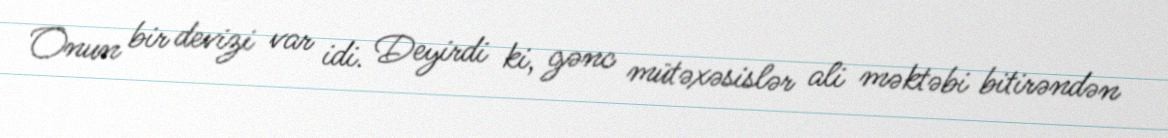
Onun bir devizi var idi. Deyirdi ki, gənc mütəxəsislər ali məktəbi bitirəndən